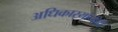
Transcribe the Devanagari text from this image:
अधिकार्‍यांनीही